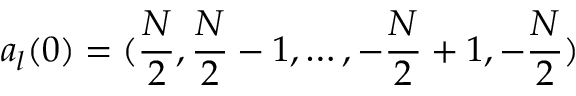
a _ { l } ( 0 ) = ( { \frac { N } { 2 } } , { \frac { N } { 2 } } - 1 , \dots , - { \frac { N } { 2 } } + 1 , - { \frac { N } { 2 } } )